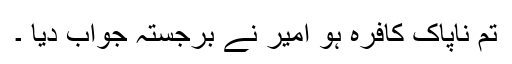
تم ناپاک کافرہ ہو امیر نے برجستہ جواب دیا ۔